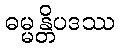
ဓမ္မန္တိပဒဿ